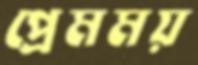
প্রেমময়